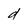
Character: d